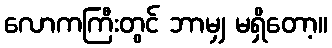
လောကကြီးတွင် ဘာမျှ မရှိတော့။